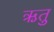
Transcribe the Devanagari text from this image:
ऋतुु